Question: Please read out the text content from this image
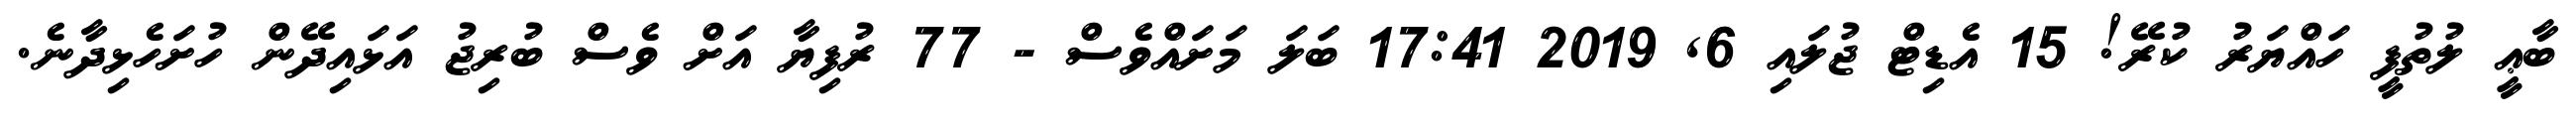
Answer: ބާޢީ ލުތުފީ ހައްޔަރު ކުރޭ! 15 އެޑިޓް ޖުލައި 6, 2019 17:41 ބަލަ މަށައްވެސް - 77 ރުފިޔާ އަށް ވެސް ބުރިޖު އަޅައިދޭން ހުށަހެޅިދާނެ.